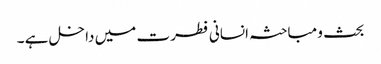
بحث و مباحثہ انسانی فطرت میں داخل ہے ۔